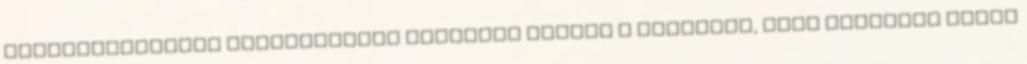
infrastruktúrák tulajdonosai korábban kérték a kormányt, hogy állítson össze